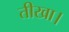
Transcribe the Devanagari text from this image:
तीखा।